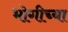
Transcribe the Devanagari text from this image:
भोगीच्या